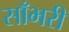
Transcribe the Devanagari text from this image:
साँभरी